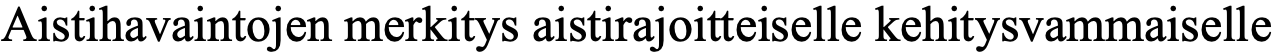
Aistihavaintojen merkitys aistirajoitteiselle kehitysvammaiselle